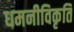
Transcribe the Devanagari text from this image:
धमनीविकृति